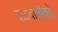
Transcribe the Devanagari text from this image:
वाटचालीकडे